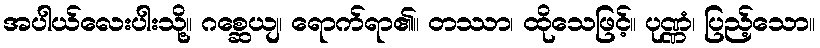
အပါယ်လေးပါးသို့။ ဂစ္ဆေယျ၊ ရောက်ရာ၏။ တဿာ၊ ထိုသေဖြင့်။ ပုဏ္ဏံ၊ ပြည့်သော။